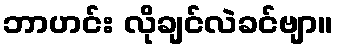
ဘာဟင်း လိုချင်လဲခင်ဗျာ။